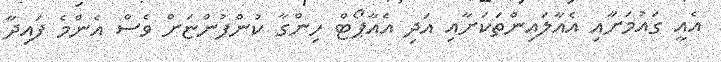
އެއީ ގައުމަށާއި އެއާލައިންތަކަށާއި އަދި އެއާޕޯޓް ހިންގާ ކުންފުންޏަށް ވެސް އެންމެ ފައިދާ